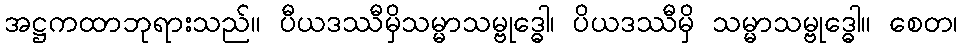
အဋ္ဌကထာဘုရားသည်။ ပီယဒဿီမှိသမ္မာသမ္ဗုဒ္ဓေါ၊ ပိယဒဿီမှိ သမ္မာသမ္ဗုဒ္ဓေါ။ စေတ၊